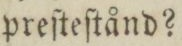
preſteſtånd?